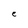
Character: e